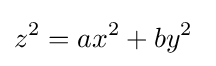
z^{2}=ax^{2}+by^{2}\